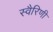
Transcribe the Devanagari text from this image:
स्वैरिणी